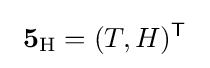
\ {\mathbf {5} }_{\mathrm {H} }=(T,H)^{\mathsf {T}}\